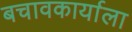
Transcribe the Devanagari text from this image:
बचावकार्याला